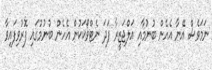
ނަމަވެސް އޭނާ އެހެން ބުނުމާއި އަލްޖަޒީރާ ފަދަ ނެޓްވޯކަކުން އެހެން ބުނުމުގައި ފޮރުވިފައިވާ